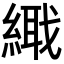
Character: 𦃎